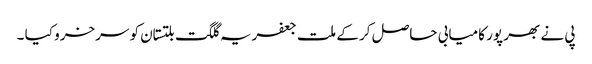
پی نے بھر پور کامیابی حاصل کر کے ملت جعفریہ گلگت بلتستان کو سرخرو کیا ۔